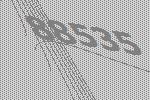
88535